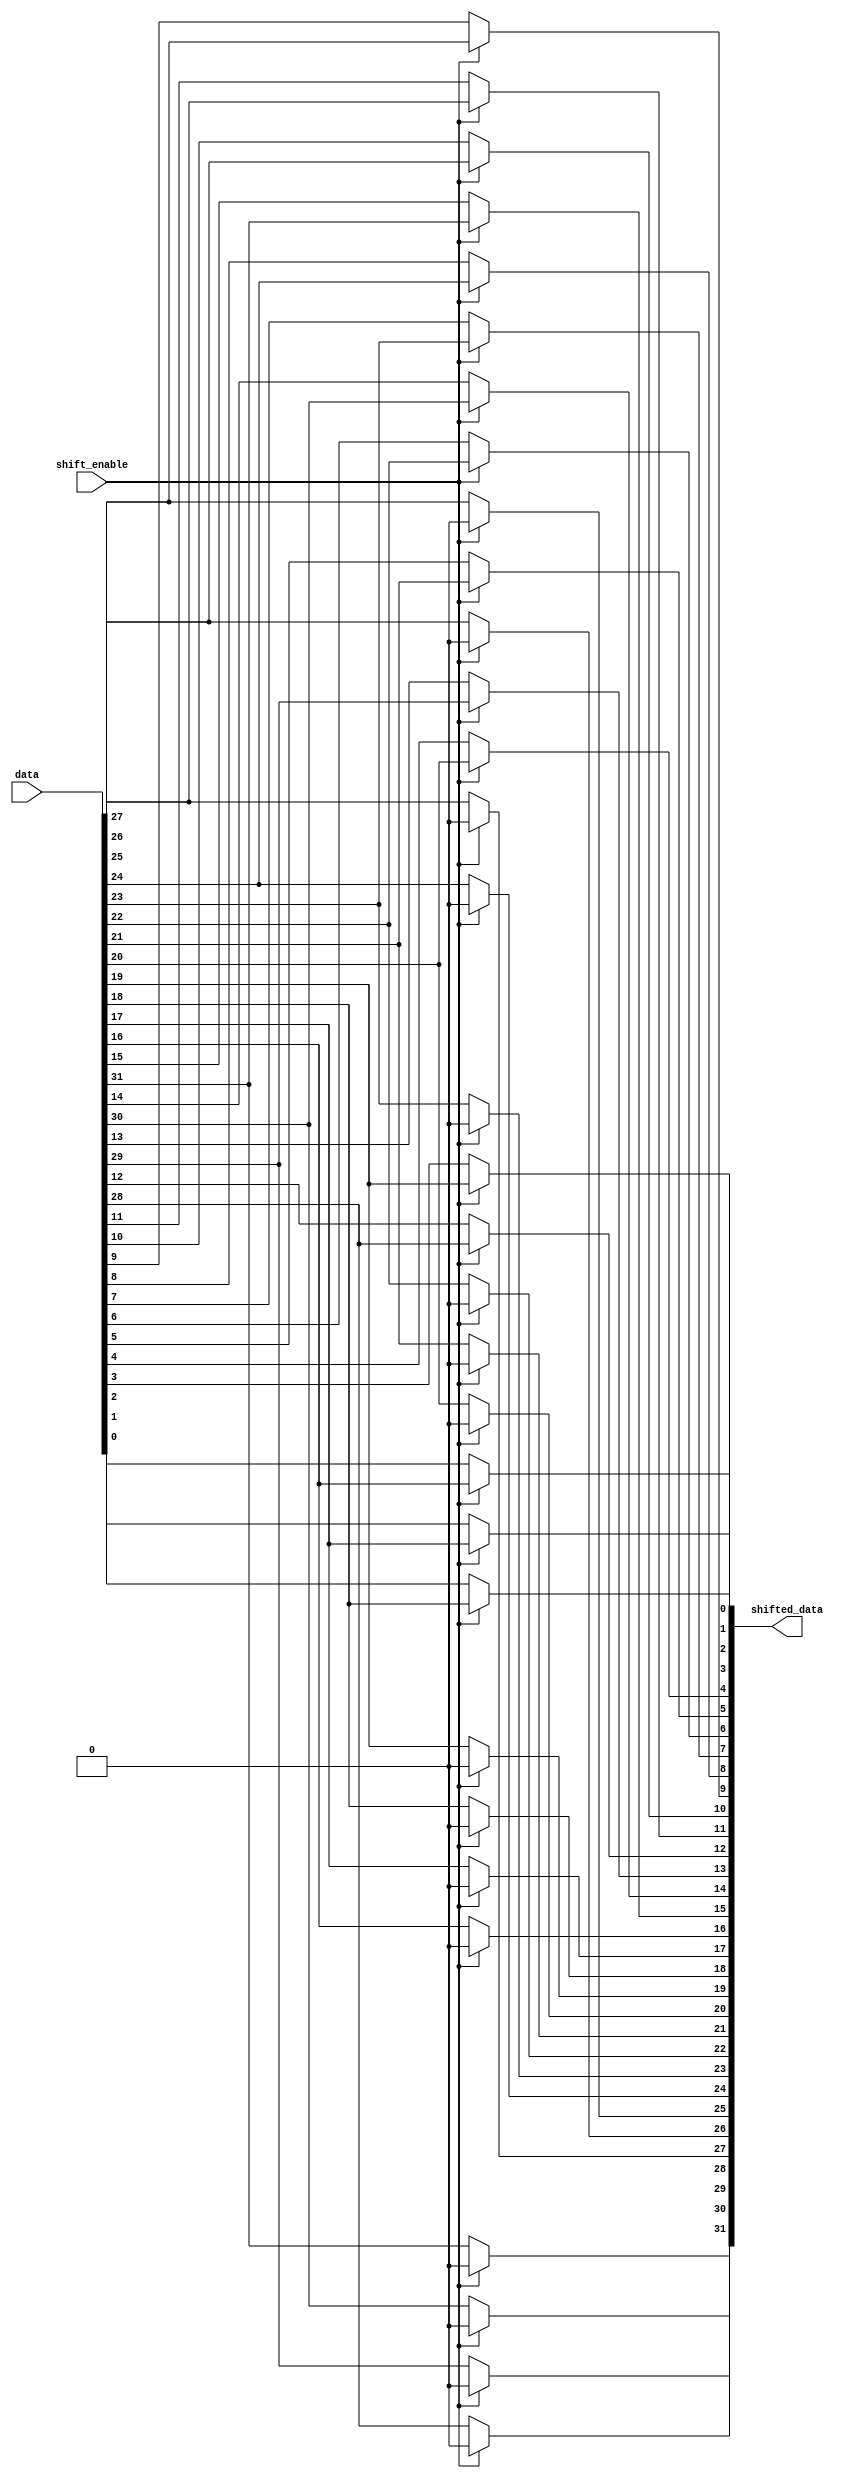
module right_shift16(
	output [31:0] shifted_data,
	input [31:0] data,
	input shift_enable);

    assign shifted_data[31] = shift_enable ? 1'b0 : data[31]; 
	assign shifted_data[30] = shift_enable ? 1'b0 : data[30]; 
	assign shifted_data[29] = shift_enable ? 1'b0 : data[29]; 
	assign shifted_data[28] = shift_enable ? 1'b0 : data[28]; 
	assign shifted_data[27] = shift_enable ? 1'b0 : data[27]; 
	assign shifted_data[26] = shift_enable ? 1'b0 : data[26]; 
	assign shifted_data[25] = shift_enable ? 1'b0 : data[25]; 
	assign shifted_data[24] = shift_enable ? 1'b0 : data[24]; 
	assign shifted_data[23] = shift_enable ? 1'b0 : data[23]; 
	assign shifted_data[22] = shift_enable ? 1'b0 : data[22]; 
	assign shifted_data[21] = shift_enable ? 1'b0 : data[21]; 
	assign shifted_data[20] = shift_enable ? 1'b0 : data[20]; 
	assign shifted_data[19] = shift_enable ? 1'b0 : data[19]; 
	assign shifted_data[18] = shift_enable ? 1'b0 : data[18]; 
	assign shifted_data[17] = shift_enable ? 1'b0 : data[17]; 
	assign shifted_data[16] = shift_enable ? 1'b0 : data[16]; 
	assign shifted_data[15] = shift_enable ? data[31] : data[15]; 
	assign shifted_data[14] = shift_enable ? data[30] : data[14]; 
	assign shifted_data[13] = shift_enable ? data[29] : data[13]; 
	assign shifted_data[12] = shift_enable ? data[28] : data[12]; 
	assign shifted_data[11] = shift_enable ? data[27] : data[11]; 
	assign shifted_data[10] = shift_enable ? data[26] : data[10]; 
	assign shifted_data[9] = shift_enable ? data[25] : data[9]; 
	assign shifted_data[8] = shift_enable ? data[24] : data[8]; 
	assign shifted_data[7] = shift_enable ? data[23] : data[7]; 
	assign shifted_data[6] = shift_enable ? data[22] : data[6]; 
	assign shifted_data[5] = shift_enable ? data[21] : data[5]; 
	assign shifted_data[4] = shift_enable ? data[20] : data[4]; 
	assign shifted_data[3] = shift_enable ? data[19] : data[3]; 
	assign shifted_data[2] = shift_enable ? data[18] : data[2]; 
	assign shifted_data[1] = shift_enable ? data[17] : data[1]; 
	assign shifted_data[0] = shift_enable ? data[16] : data[0]; 

endmodule